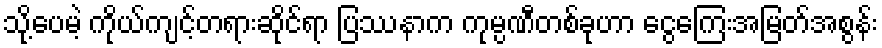
သို့ပေမဲ့ ကိုယ်ကျင့်တရားဆိုင်ရာ ပြဿနာက ကုမ္ပဏီတစ်ခုဟာ ငွေကြေးအမြတ်အစွန်း